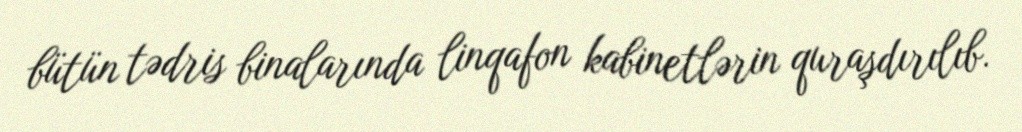
bütün tədris binalarında linqafon kabinetlərin quraşdırılıb.